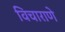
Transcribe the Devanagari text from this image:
विचाराणे